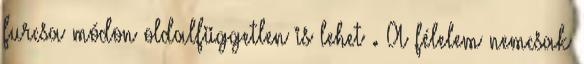
furcsa módon oldalfüggetlen is lehet . A félelem nemcsak